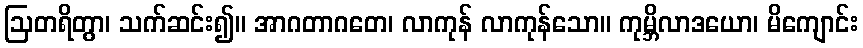
ဩတရိတွာ၊ သက်ဆင်း၍။ အာဂတာဂတေ၊ လာကုန် လာကုန်သော။ ကုမ္ဘိလာဒယော၊ မိကျောင်း